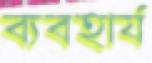
ব্যবহার্য